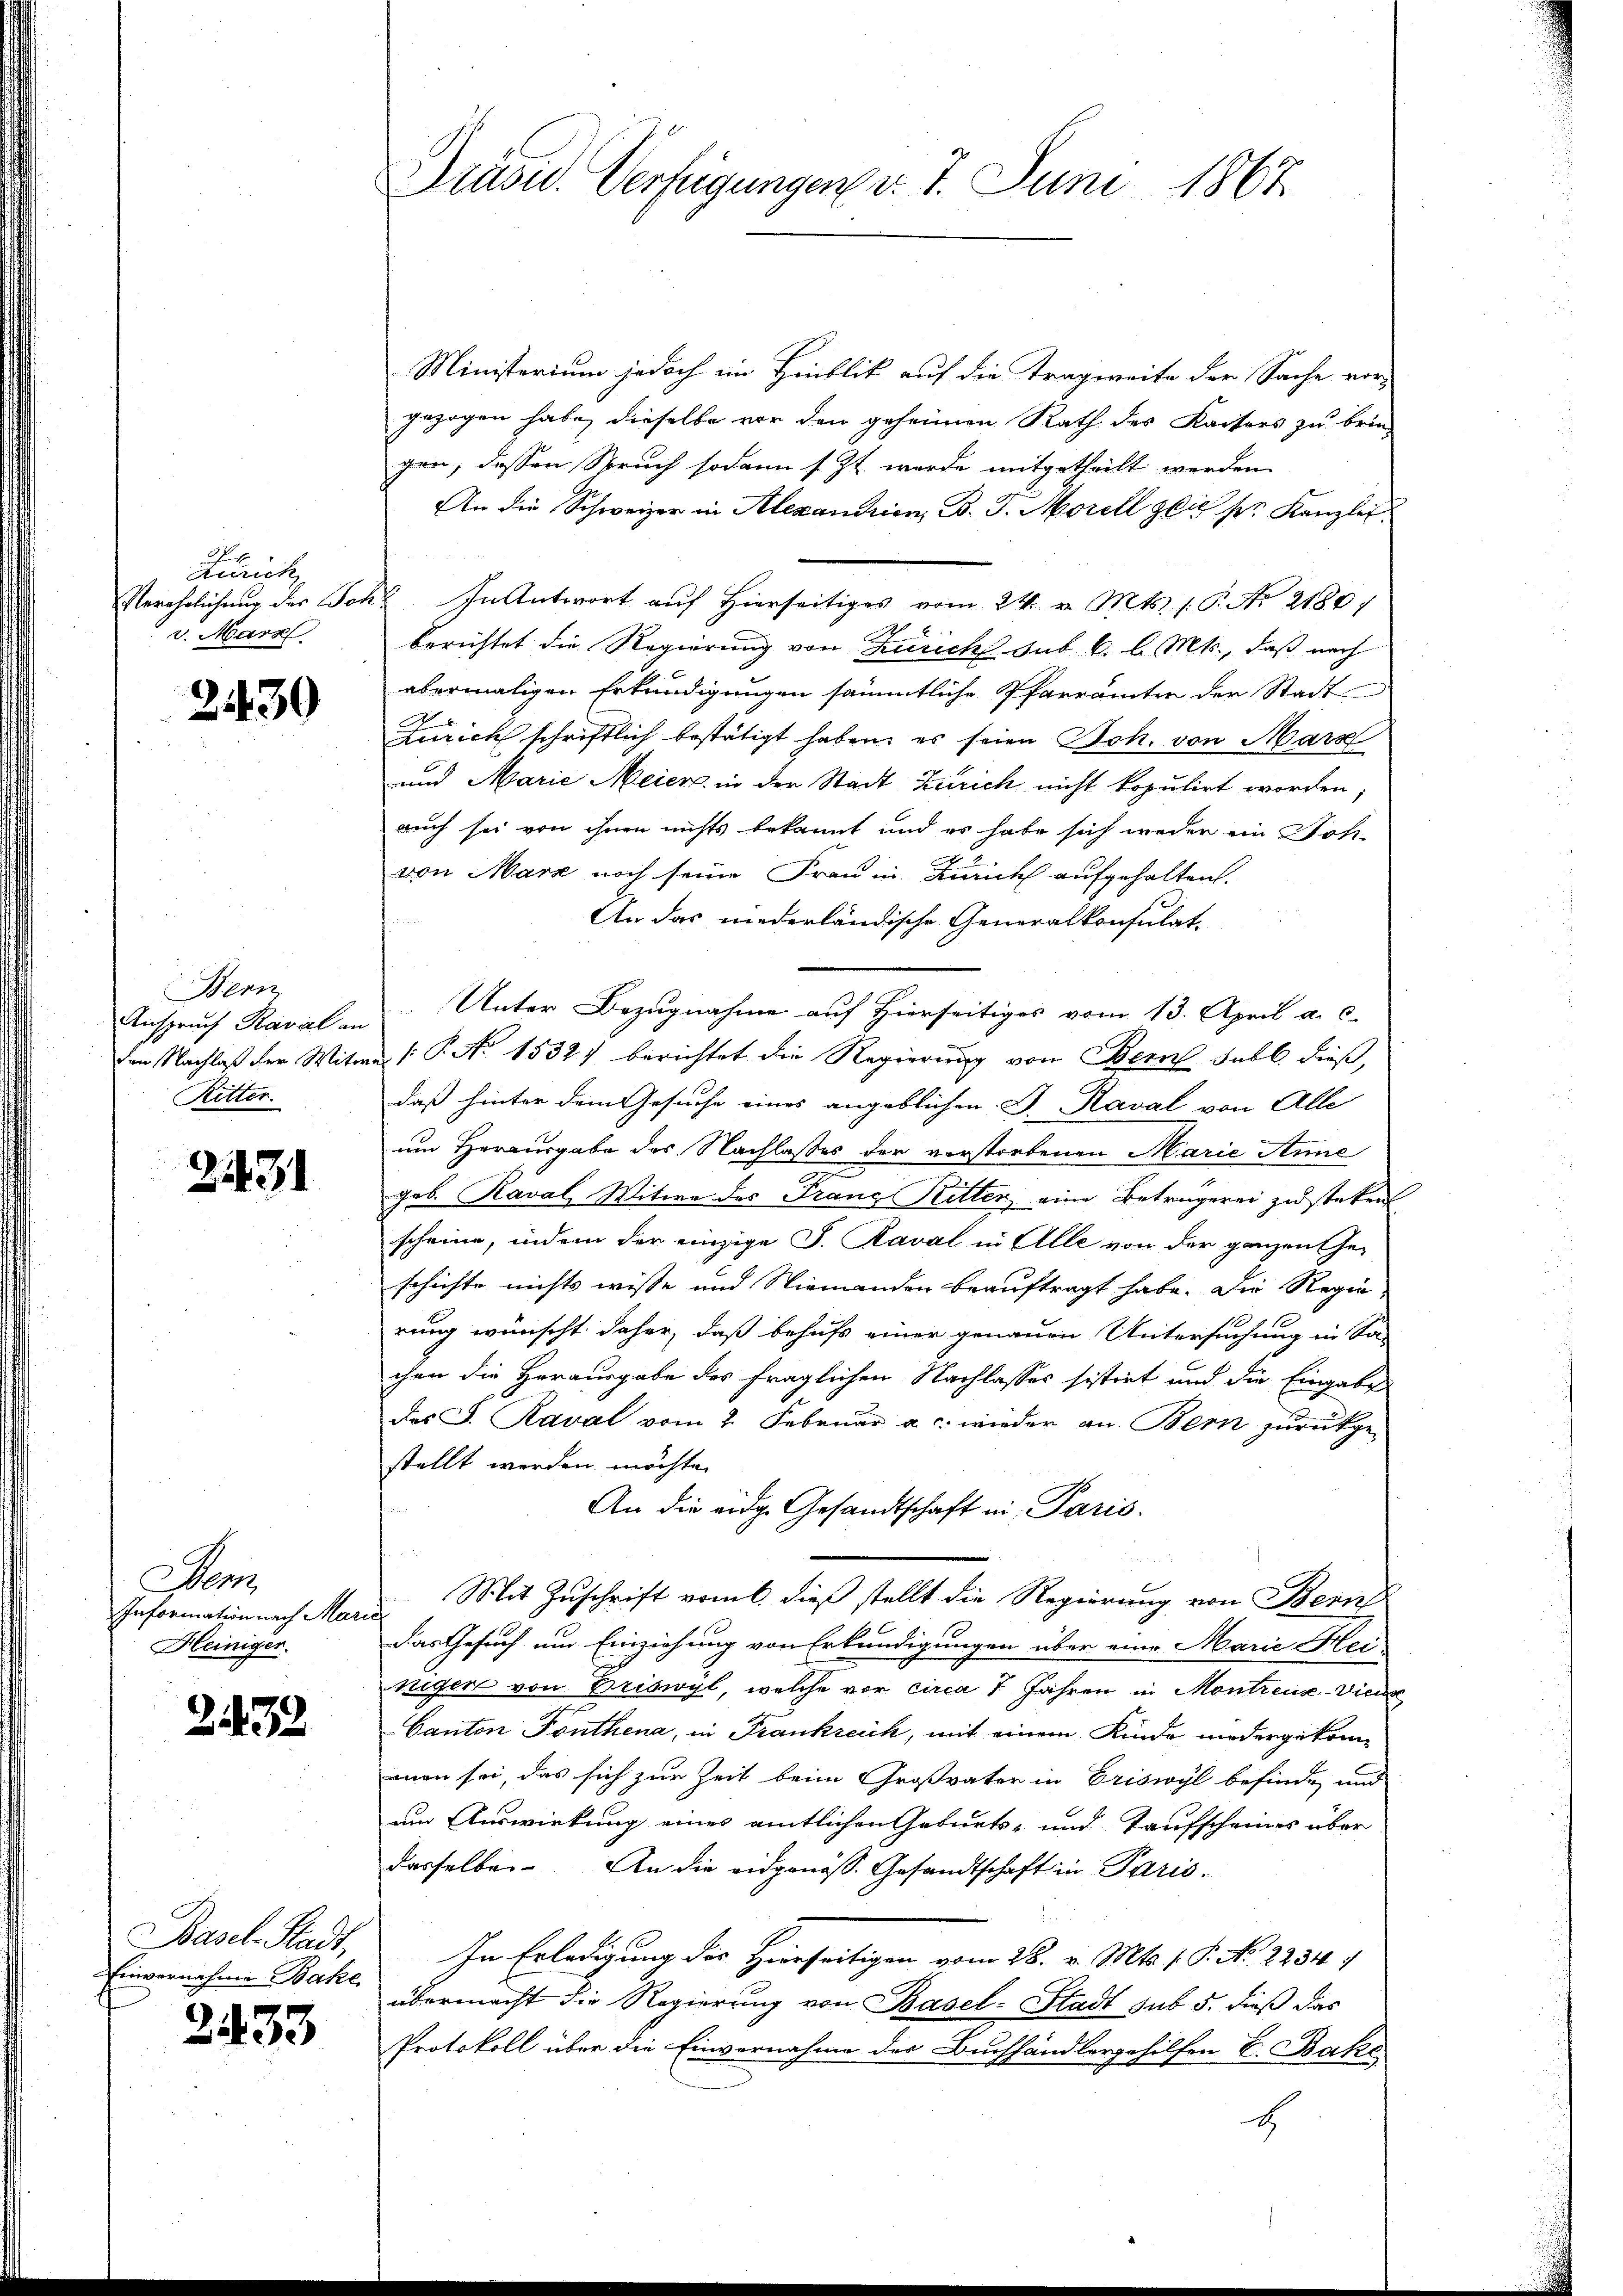
F
Anrich
Verehrlichung des Joh
v. Marz

2430

Bern
Anspruch Kaval an
den Nachlaß der Witw
Ritter.

2431

Man
Information nach Mar
Heiniger.

2432

Basel-Stadt,
Einvernahme Backe

2433

Präsid. Verfügungen v. 7. Juni 1867

Ministerium jedoch im Hinblik auf die Tragweite der Sache vor
gezogen habe, dieselbe vor den geheimen Rath des Kaisers zu brin-
gen, dessen Spruch sodann s. Zt. werde mitgetheilt werden.
An die Schweizer in Alexandrien, B. J. Morell glich pr. Kanzlei
 In Antwort auf hierseitiges vom 24. v. Mts. 1. P. Nr. 2180)
berichtet die Regierung von Zürich sub 6. l. Mts., daß nach
abermaligen Erkundigungen sämmtliche Pfarrämten der Stadt
Zürich schriftlich bestätigt haben, es seien Joh. von Marz
und Marie Meier in der Stadt Zürich nicht kopulirt worden,
auch sei von ihnen nichts bekannt und es habe sich weder ein Soh-
von Marz noch seine Frau in Zürich aufgehalten.
An das niederländische Generalkonsulat-
Unter Bezugnahme auf Hierseitiges vom 13. April a. c.
 P. No 1532. berichtet die Regierung von Bern subl. dieß,
daß hinter dem Gesuche eines angeblichen. F. Raval von Alle
um Herausgabe des Nachlaßes der vorstorbenen Marie Anne
geb. Kaval Witwe des Franz Ritter, eine Beträgerei zu stetent
scheine, indem der einzige S. Raval in Alle von der ganzen Ehe-
schichte nichts wisse und Niemanden beauftragt habe. Die Regie
rung wünscht daher, daß behufs einer genauen Untersuchung in Sa-
chen die Herausgabe des fraglichen Nachlasses sistirt und die Eingabe
Das S. Raval vom 2. Februar a. c. wieder an Bern zurückge-
stellt werden möchte.
An die eidg. Gesandtschaft in Paris.
Mit Zuschrift vom 6. dieß stellt die Regierung von Bern
Das Gesuch um Einziehung von Erkundigungen über eine Marie Hei
negen von Driswyl, welche vor circa 1 Jahren in Montreux-Diens
Canton Ponthena, in Frankreich, mit einem Kinde niedergekommen sei, das sich zur Zeit beim Großvater in Eriswyl befinde und
um Auswirkung eines amtlichen Geburts- und Taufscheines über
dasselbe. An die eidgenöss. Gesandtschaft in Paris¬
In Erledigung des Hierseitigen vom 28. v. Mts. 1. 9. No. 2254/
übermacht die Regierung von Basel-Stadt sub 5. dieß das
Protokoll über die Einvernahme des Buchhandlergehilfen E. Bake
1